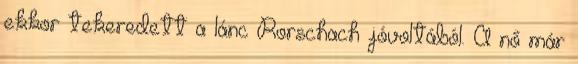
ekkor tekeredett a lánc Rorschach jóvoltából. A nő már